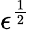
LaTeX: \epsilon^{\frac{1}{2}}